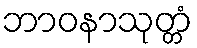
ဘာဝနာသုတ္တံ